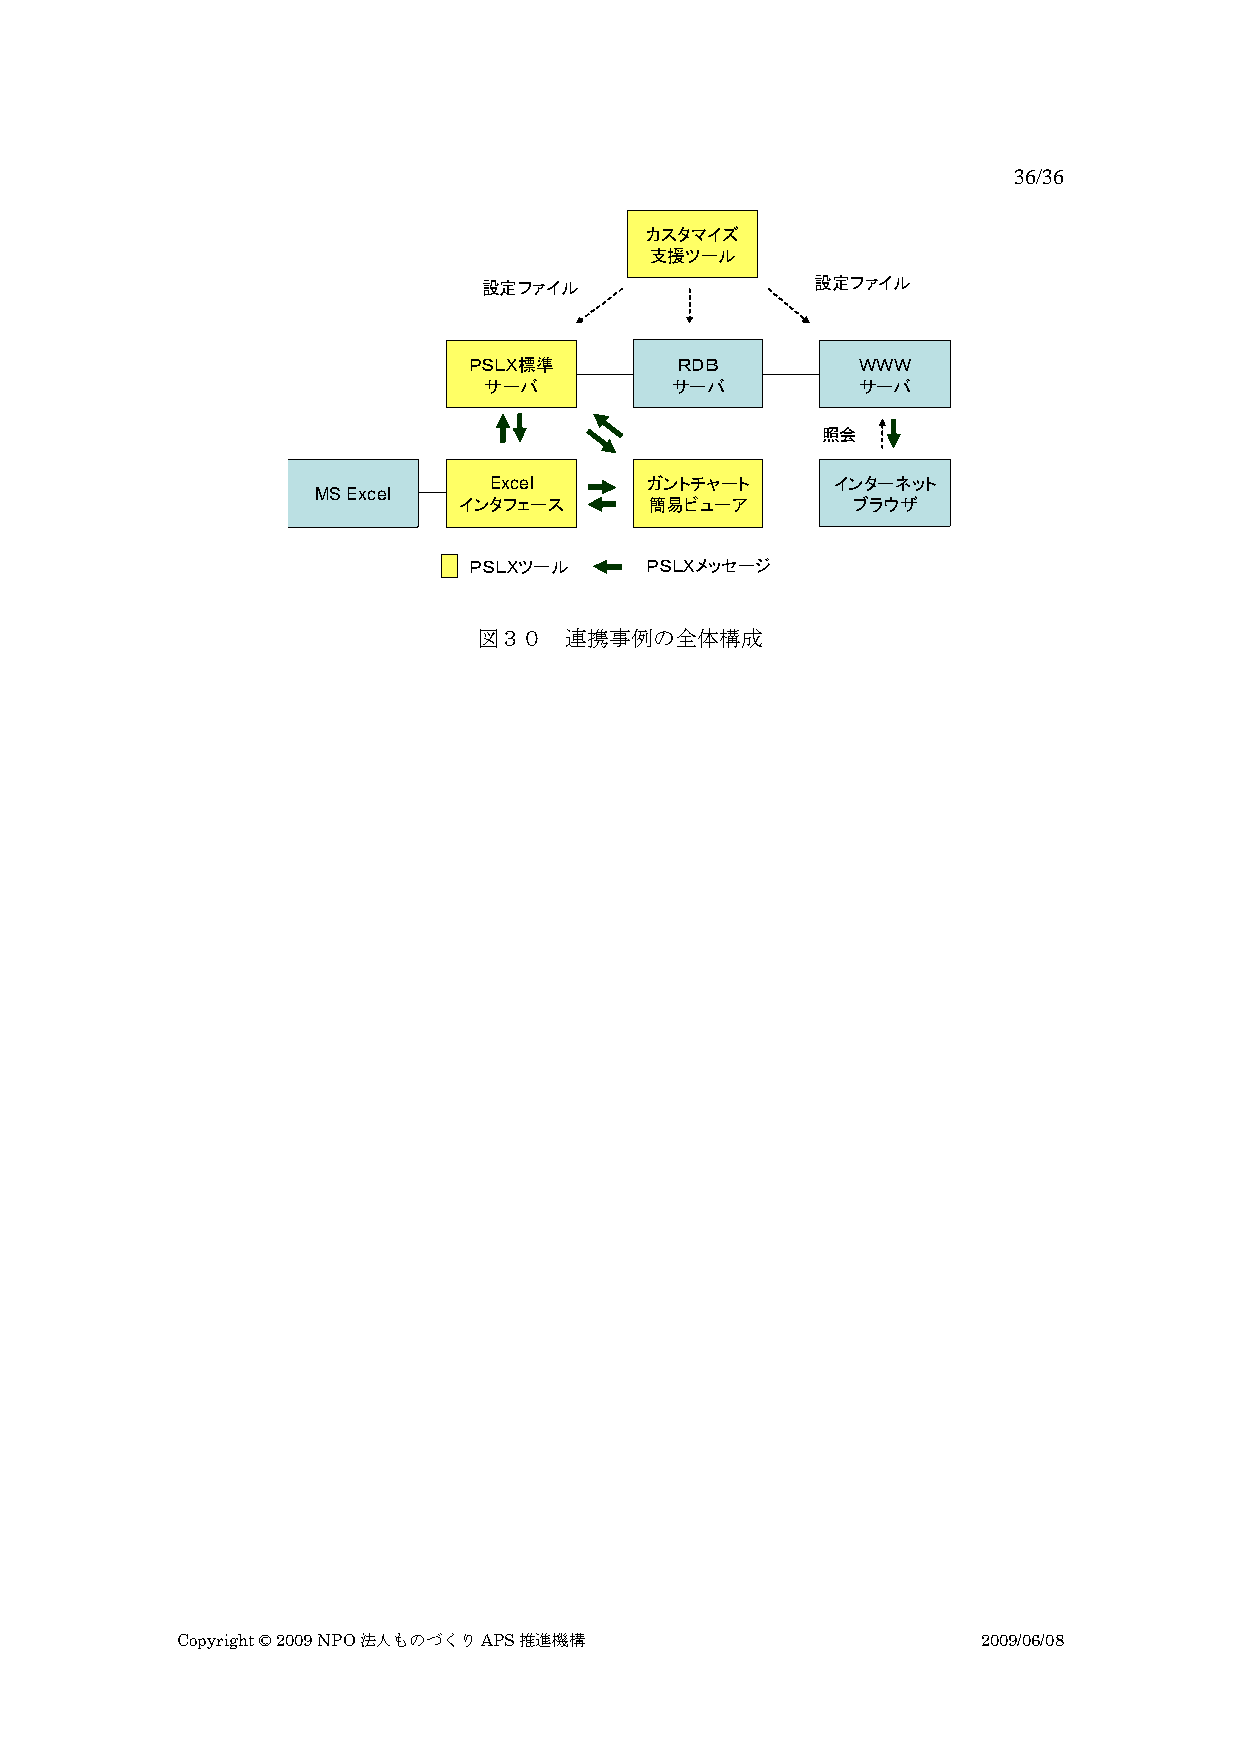
36/36
 カスタマイズ
 支援ツール
 設定ファイル                設定ファイル
 ＰＳＬＸ標準        ＲＤＢ         ＷＷＷ
 サーバ         サーバ          サーバ
 照会
 Excel      ガントチャート     インターネット
 MS Excel
 インタフェース      簡易ビューア       ブラウザ
 ＰＳＬＸツール     ＰＳＬＸメッセージ
 図３０  連携事例の全体構成
 Copyright © 2009 NPO法人ものづくりAPS推進機構                   2009/06/08